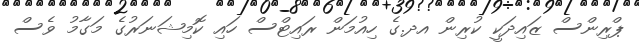
ޕްރިންސް ޒައިދަކީ ކުރިން އދ.ގެ ހިއުމަން ރައިޓްސް ހައި ކޮމިޝަނަރުގެ މަގާމު ވެސް